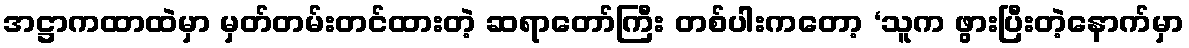
အဋ္ဌာကထာထဲမှာ မှတ်တမ်းတင်ထားတဲ့ ဆရာတော်ကြီး တစ်ပါးကတော့ ‘သူက ဖွားပြီးတဲ့နောက်မှာ